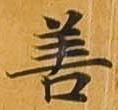
善